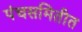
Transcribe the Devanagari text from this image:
पंचसमितीत